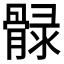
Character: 𲌏